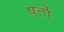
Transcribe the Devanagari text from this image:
षर्तो